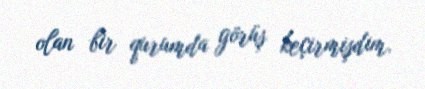
olan bir qurumda görüş keçirmişdim.